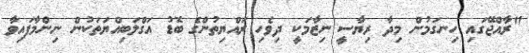
"ރާއްޖޭގައި ހިނގަމުން މިދާ ރިޔާސީ ނިޒާމަކީ ދިވެހި ރައްޔިތުންގެ ބޮޑު އަގްލަބިއްޔަތަކުން ނިންމާފައިވާ